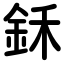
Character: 鉌